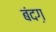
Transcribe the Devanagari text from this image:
बंदग़